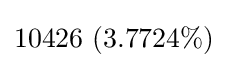
10426\ (3.7724\%)